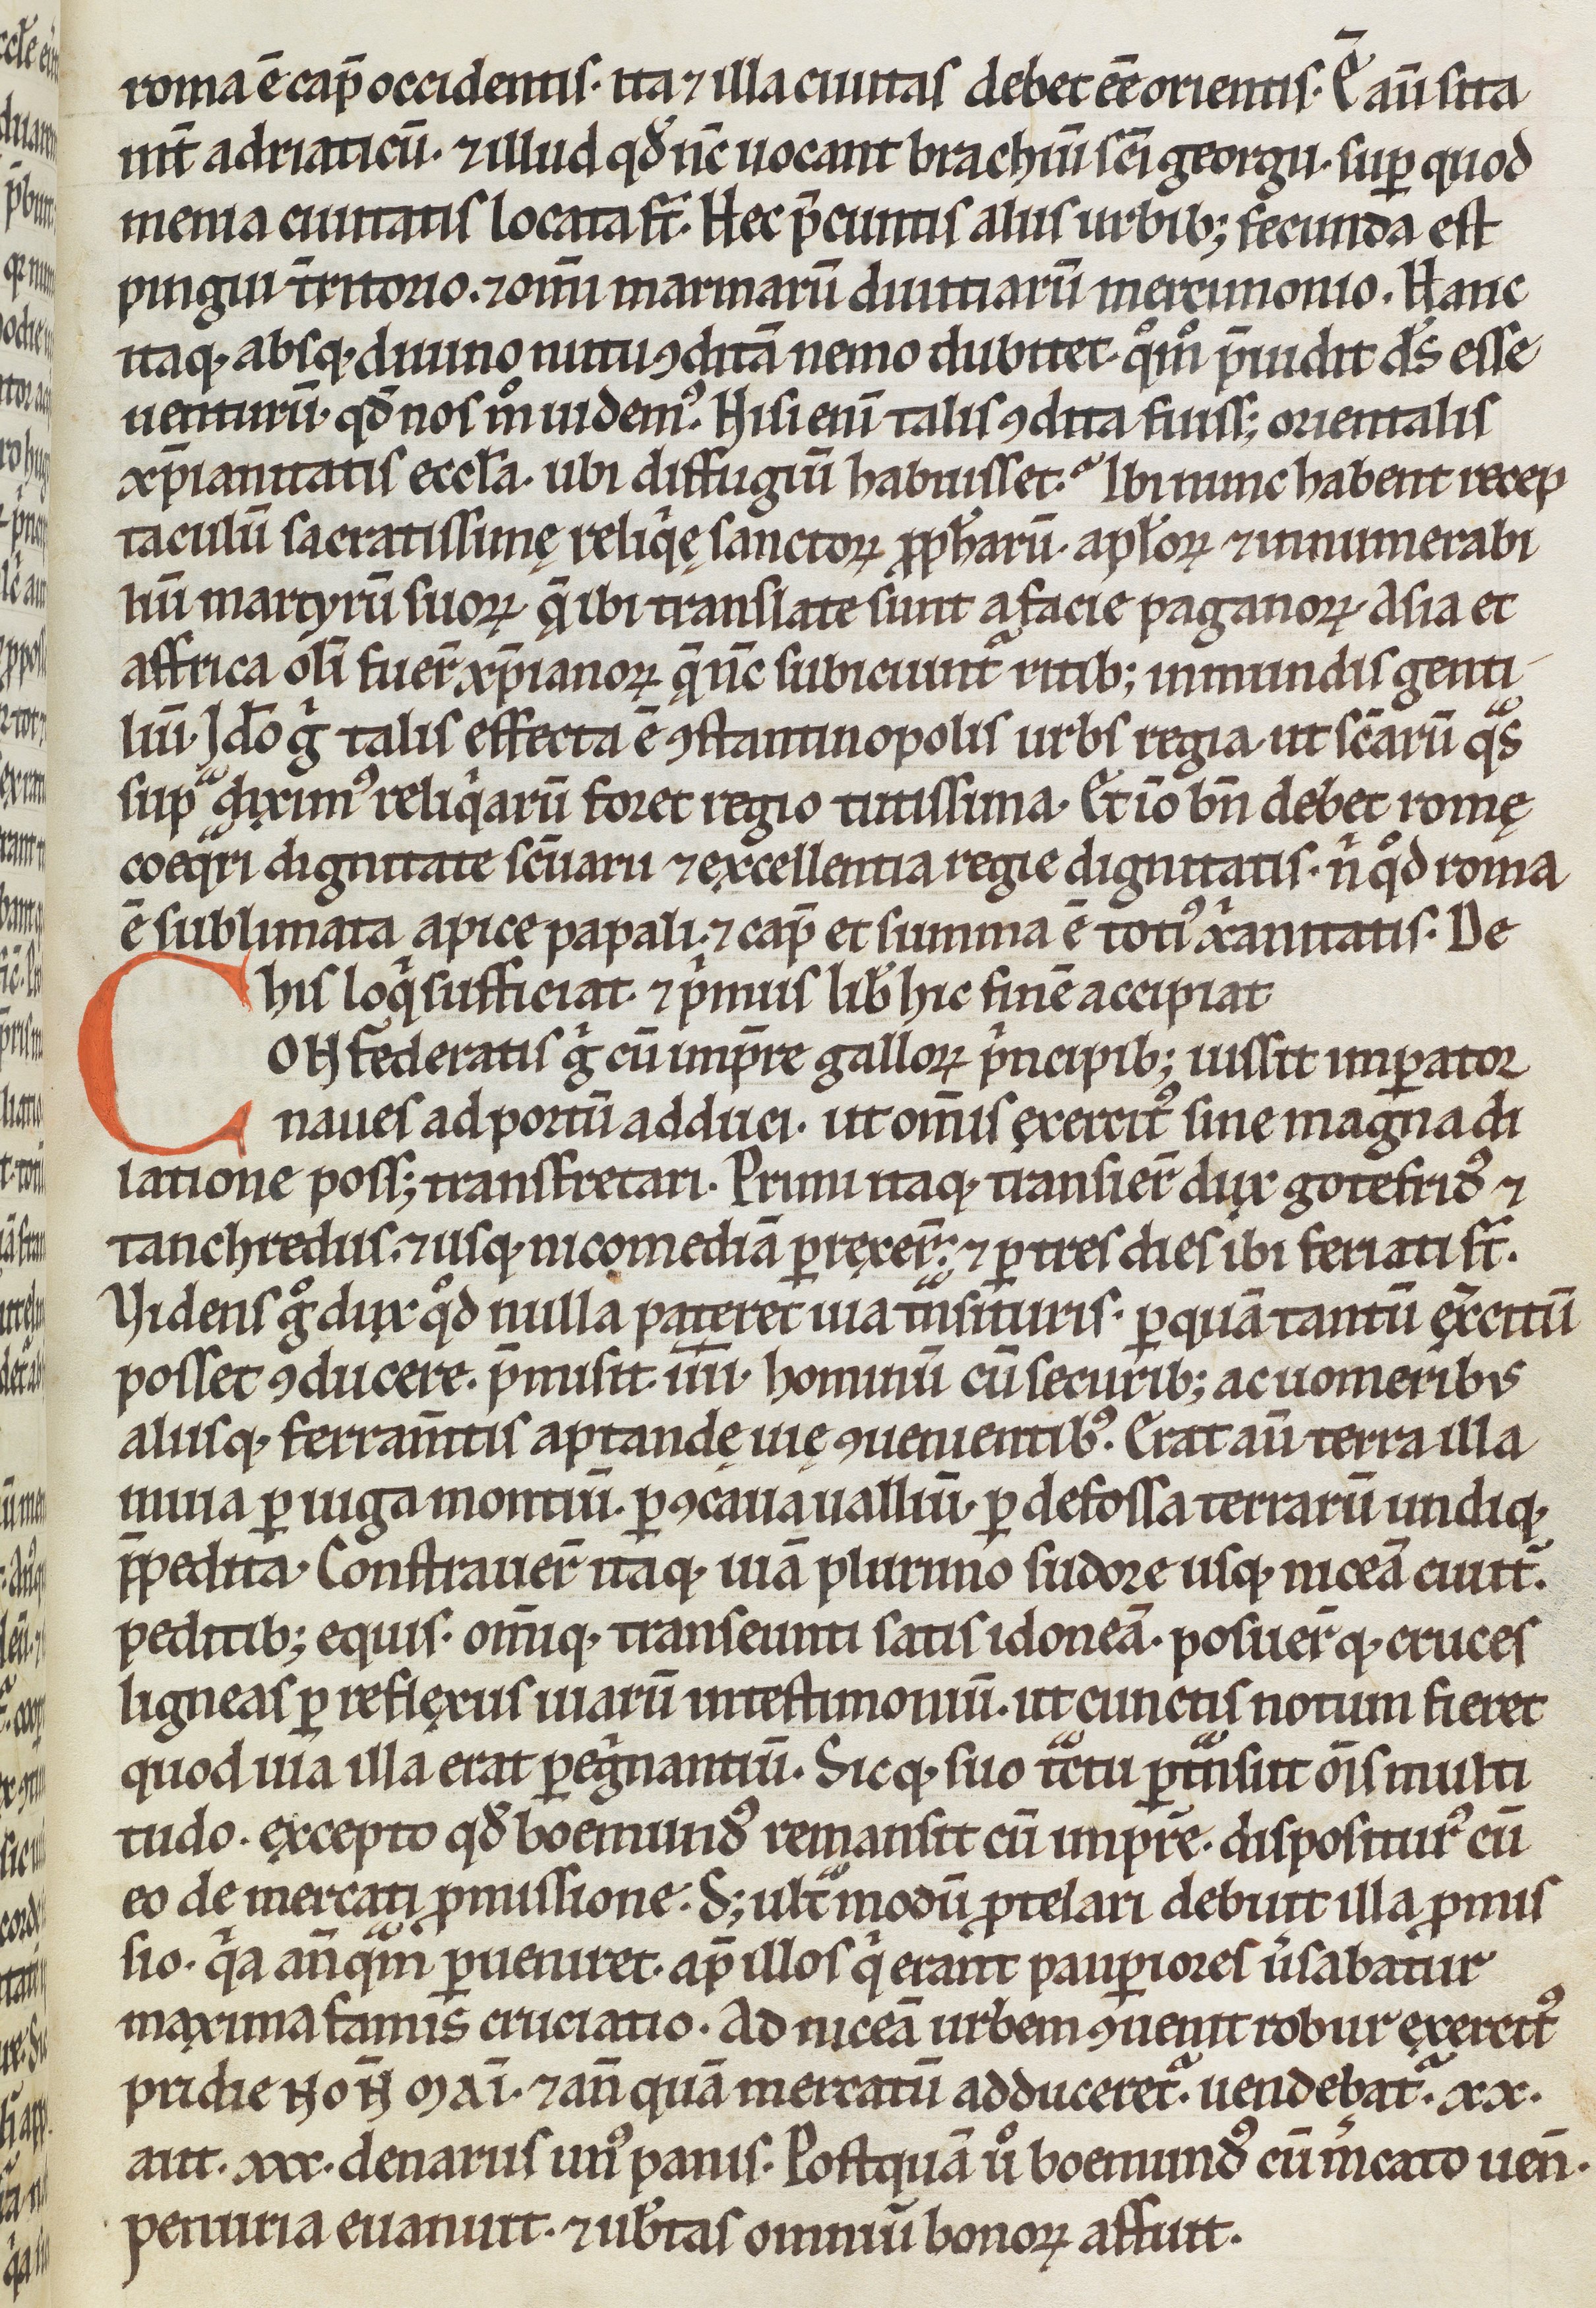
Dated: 1200–1299